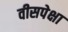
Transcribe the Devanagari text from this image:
वीसपेक्षा